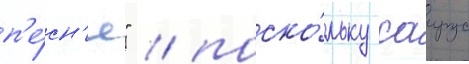
п'е́сн'я" / поско́льку саирус